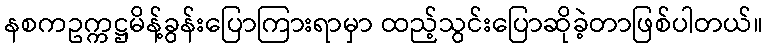
နစကဥက္ကဋ္ဌမိန့်ခွန်းပြောကြားရာမှာ ထည့်သွင်းပြောဆိုခဲ့တာဖြစ်ပါတယ်။